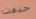
حذفت